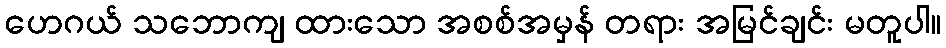
ဟေဂယ် သဘောကျ ထားသော အစစ်အမှန် တရား အမြင်ချင်း မတူပါ။